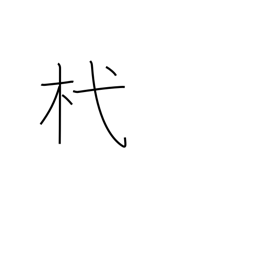
Meaning: stake